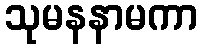
သုမနနာမကာ